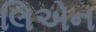
લિએન